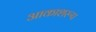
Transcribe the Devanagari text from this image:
आकाशरूप